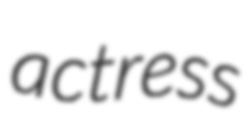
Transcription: actress